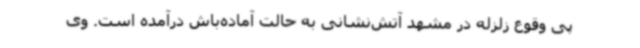
پی وقوع زلزله در مشهد آتش‌نشانی به حالت آماده‌باش درآمده است. وی